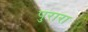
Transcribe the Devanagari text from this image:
पुरारा